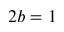
2 b = 1